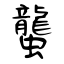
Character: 蠪